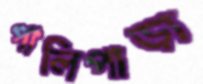
পালিপাড়া